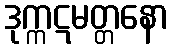
ဒုက္ကဋမတ္တနော